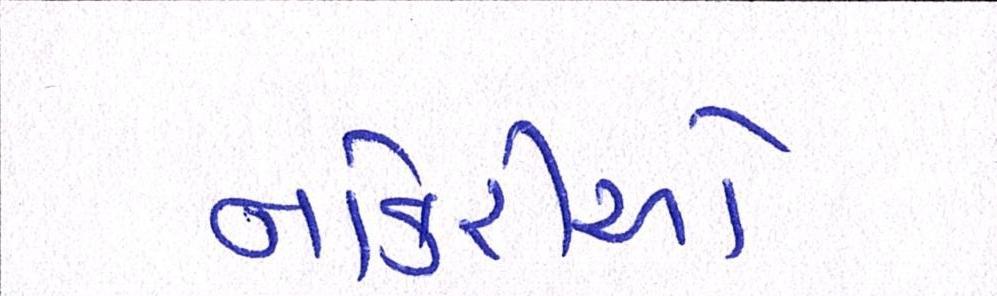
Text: નોકરીઓ